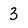
Character: 3